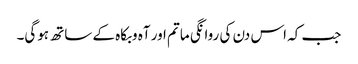
جب کہ اس دن کی روانگی ماتم اور آہ وبکاہ کے ساتھ ہوگی۔